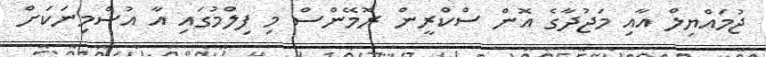
ޖުމައްޔިލް އާއި މަޖުދާގެ އޮން ސްކްރީން ރޮމޭންސް މި ފިލްމުގައި އާ އުސްމިނަކަށް